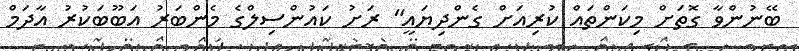
ބޭނުންވާ ގޮތަށް މިކަންތައް ކުރިއަށް ގެންދިޔައީ" ރަށު ކައުންސިލްގެ މެންބަރު އަބޫބަކުރު އާދަމް